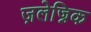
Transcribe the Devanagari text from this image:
ज़लेज्निक